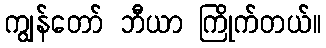
ကျွန်တော် ဘီယာ ကြိုက်တယ်။